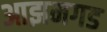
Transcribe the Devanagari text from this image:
आझमगड